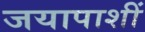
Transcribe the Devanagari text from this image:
जयापाशीं